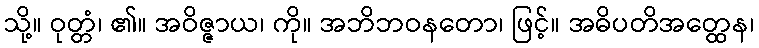
သို့။ ဝုတ္တံ၊ ၏။ အဝိဇ္ဇာယ၊ ကို။ အဘိဘဝနတော၊ ဖြင့်။ အဓိပတိအတ္ထေန၊